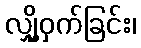
လျှို့ဝှက်ခြင်း၊